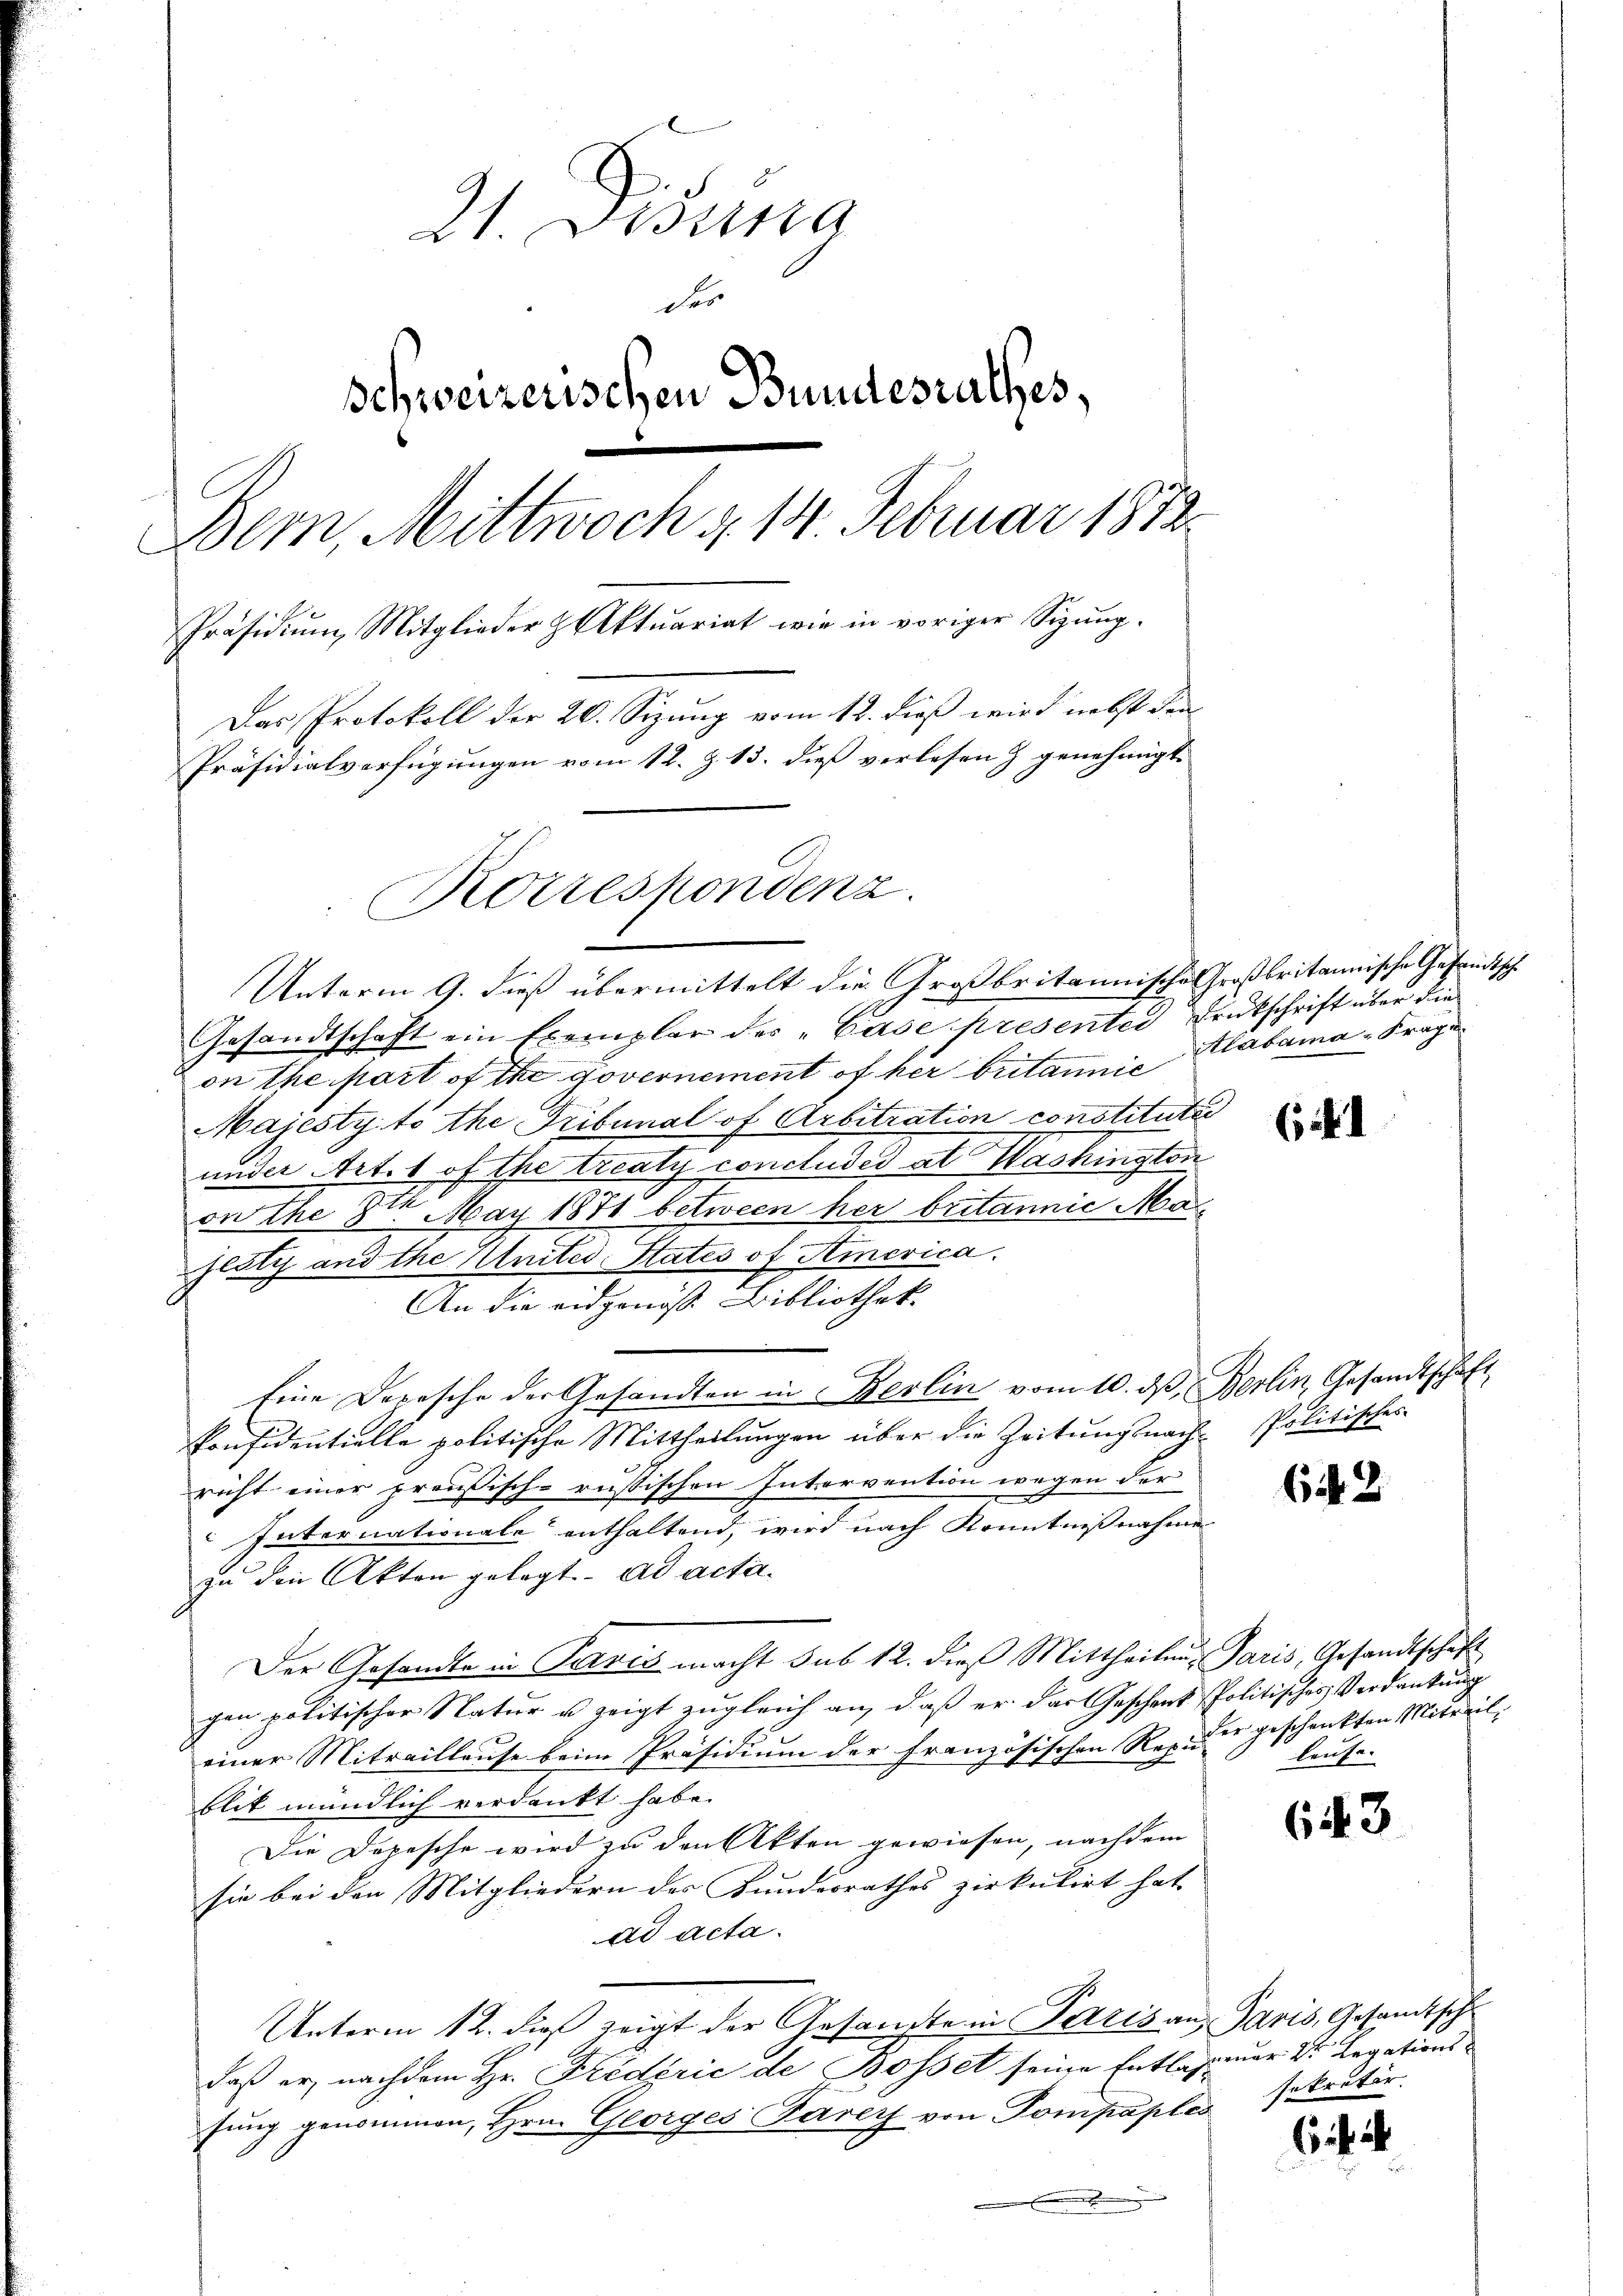
21. Disena
des
Schweizerischen Bundesrathes,
Bern, Mittwoch d. 14. Februar 1873
Präsidiŭm, Mitglieder & Aktuariat wie in voriger Sigŭng.
Das Protokoll der 20. Sizung vom 12. dieß wird nebst den
Präsidialverfügungen vom 12. Z. 13. dieß verlesen & genehmigt
Korrespondenz.

Unterm 9. dieß übermittelt die Großbritannische Großbritannische Gesamtsche
Gesandtschaft ein Exemplar des „Gase presenter Erutschrift über die
on the part of the governement of her britannie
Maiesty to the Tribunal of Arbitration constitute
under Art. 1 of the treaty concludedat Washington
on the 8ten May 1871 between her britannić Ma
jeaty und the Knites States of America.
An die eidgenöß Bibliothek.
Eine Depesche der Gesandten in Berlin vom 10. dβ, Berlin, Gesandtschaft
konfidentielle politische Mittheilungen über die Zeitungsnach- Politischer
richt einer preußisch-russischen Intervention wegen der
Internationale enthaltend, wird nach Kenntnißnahme
zu den Akten gelegt. ad acta
Der Gesandte in Pavis macht sub 12. dieß Mittheilen Paris, Gesandtschaft
gen politischer Natur u zeigt zugleich an, daß er das Geschenk Politisches Verdankung
einer Mitweillause beim Präsidium der Französischen Repulause.
blit mündlich verdankt habe.
Die Depesche wird zu den Akten gewiesen, nachdem |
sie bei den Mitgliedern des Bundesrathes zirkulirt hat.
ad acta.
Unterm 12. dieß zeigt der Gesandte in Paris an, Paris, Gesandtsch
daß er nachdem Hr. Fridzrić de Bosset seine Entlassener Dr Legationsfung genommen, Hrn. Glorges Parer von Pompaples
.

Alabama-Frage

642

der geschenkten Mitweil

(43

sekretär.

6

¬